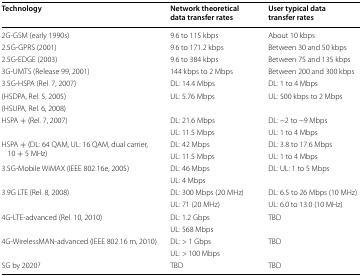
<table><thead><tr><td><b>Technology</b></td><td><b>Network theoretical data transfer rates</b></td><td><b>User typical data transfer rates</b></td></tr></thead><tbody><tr><td>2G-GSM (early 1990s)</td><td>9.6 to 115 kbps</td><td>About 10 kbps</td></tr><tr><td>2.5G-GPRS (2001)</td><td>9.6 to 171.2 kbps</td><td>Between 30 and 50 kbps</td></tr><tr><td>2.5G-EDGE (2003)</td><td>9.6 to 384 kbps</td><td>Between 75 and 135 kbps</td></tr><tr><td>3G-UMTS (Release 99, 2001)</td><td>144 kbps to 2 Mbps</td><td>Between 200 and 300 kbps</td></tr><tr><td>3.5G-HSPA (Rel. 7, 2007)</td><td>DL: 14.4 Mbps</td><td>DL: 1 to 4 Mbps</td></tr><tr><td>(HSDPA, Rel. 5, 2005)</td><td rowspan="2">UL: 5.76 Mbps</td><td rowspan="2">UL: 500 kbps to 2 Mbps</td></tr><tr><td>(HSUPA, Rel. 6, 2008)</td></tr><tr><td rowspan="2">HSPA + (Rel. 7, 2007)</td><td>DL: 21.6 Mbps</td><td>DL: ~2 to ~9 Mbps</td></tr><tr><td>UL: 11.5 Mbps</td><td>UL: 1 to 4 Mbps</td></tr><tr><td rowspan="2">HSPA + (DL: 64 QAM, UL: 16 QAM, dual carrier, 10 + 5 MHz)</td><td>DL: 42 Mbps</td><td>DL: 3.8 to 17.6 Mbps</td></tr><tr><td>UL: 11.5 Mbps</td><td>UL: 1 to 4 Mbps</td></tr><tr><td rowspan="2">3.5G-Mobile WiMAX (IEEE 802.16e, 2005)</td><td>DL: 46 Mbps</td><td>DL: UL: 1 to 5 Mbps</td></tr><tr><td>UL: 4 Mbps</td><td></td></tr><tr><td rowspan="2">3.9G LTE (Rel. 8, 2008)</td><td>DL: 300 Mbps (20 MHz)</td><td>DL: 6.5 to 26 Mbps (10 MHz)</td></tr><tr><td>UL: 71 (20 MHz)</td><td>UL: 6.0 to 13.0 (10 MHz)</td></tr><tr><td rowspan="2">4G-LTE-advanced (Rel. 10, 2010)</td><td>DL: 1.2 Gbps</td><td rowspan="2">TBD</td></tr><tr><td>UL: 568 Mbps</td></tr><tr><td rowspan="2">4G-WirelessMAN-advanced (IEEE 802.16 m, 2010)</td><td>DL: &gt; 1 Gbps</td><td rowspan="2">TBD</td></tr><tr><td>UL: &gt; 100 Mbps</td></tr><tr><td>5G by 2020?</td><td>TBD</td><td>TBD</td></tr></tbody></table>